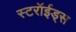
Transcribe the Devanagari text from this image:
स्टरॉईड्स